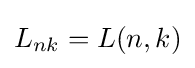
L_{nk}=L(n,k)